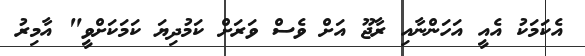
އެކަމަކު އެއީ އަހަންނާއި ރާޖޫ އަށް ވެސް ވަރަށް ކަމުދިޔަ ކަމަކަށްވީ" އާމިރު